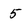
Character: 5